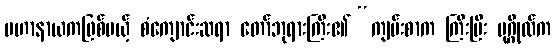
မဟာနာယကဖြစ်မယ့် စံကျောင်းဆရာ တော်ဘုရားကြီး၏ “ကျမ်းစာက ကြီးပြီး ပုဂ္ဂိုလ်က